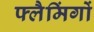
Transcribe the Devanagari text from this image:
फ्लैमिंगों